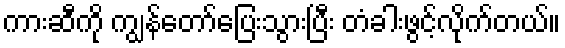
ကားဆီကို ကျွန်တော်ပြေးသွားပြီး တံခါးဖွင့်လိုက်တယ်။